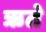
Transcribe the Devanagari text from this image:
ऋते